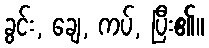
ခွင်း, ချေ, ကပ်, ပြီး၏။